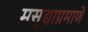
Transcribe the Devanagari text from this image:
मसुद्याप्रमाणे